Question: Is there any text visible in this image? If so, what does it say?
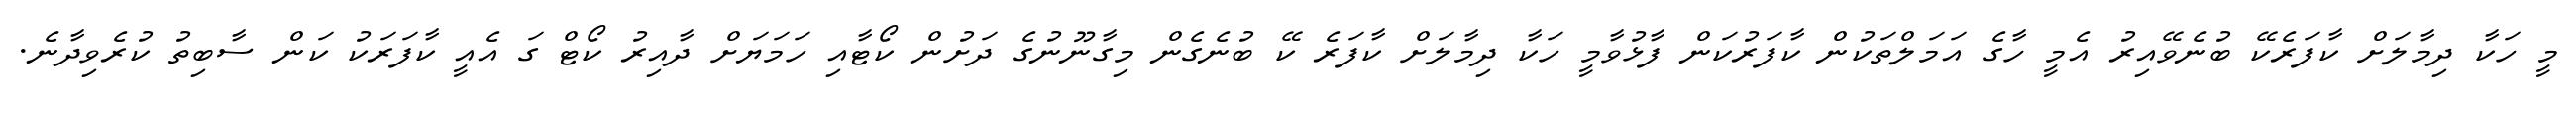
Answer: މީ ހަކާ ދިމާލަށް ކާފަރެކޭ ބުނެވޭއިރު އެމީ ހާގެ އަމަލްތަކުން ކާފަރުކަން ފާޅުވާމީ ހަކާ ދިމާލަށް ކާފަރެ ކޭ ބުނެގެން މިގާނޫނުގެ ދަށުން ކޯޓާއި ހަމަޔަށް ދާއިރު ކޯޓް ގަ އެއީ ކާފަރަކު ކަން ސާބިތު ކުރެވިދާނެ.